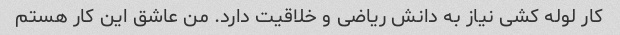
کار لوله کشی نیاز به دانش ریاضی و خلاقیت دارد. من عاشق این کار هستم